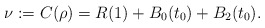
\begin{align*}\nu := C(\rho) = R(1) + B_0(t_0) + B_2(t_0). \end{align*}